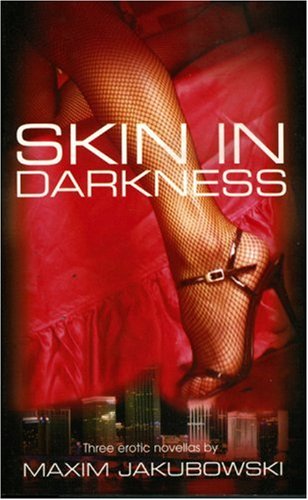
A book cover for Skin In Darkness; Maxim Jakubowski; Romance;